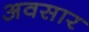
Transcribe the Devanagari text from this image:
अवसार